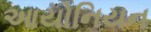
આયોનિયન